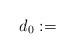
LaTeX: \begin{align*}d_0 := \end{align*}